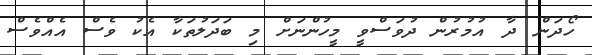
ހޯދަން ދާ އުމުރުން ދުވަސްވީ މީހުންނަށް މި ބަދަލުތަކާ އެކު ވެސް އެއްވެސް